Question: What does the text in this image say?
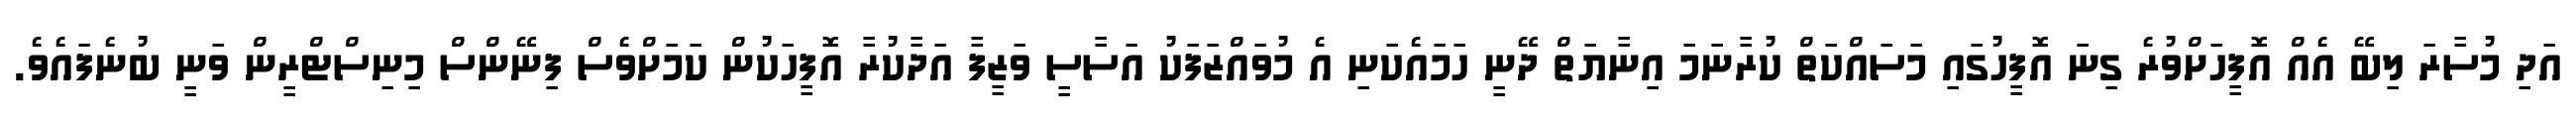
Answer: އަދި މުސާރަ ލިބޭ އެއް އޮފީހަށްވުރެ ގިނަ އޮފީހުގައި މަސައްކަތް ކުރާނަމަ އިނާޔަތް ދޭނީ ހަމައެކަނި އެ މުވައްޒަފަކު އަސާސީ ވަޒީފާ އަދާކުރާ އޮފީހަކުން ކަމަށްވެސް ފިނޭންސް މިނިސްޓްރީން ވަނީ ބުނެފައެވެ.